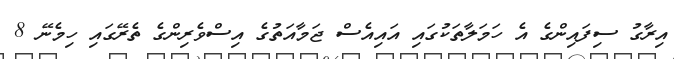
އިރާގު ސިފައިންގެ އެ ހަމަލާތަކުގައި އައިއެސް ޖަމާއަތުގެ އިސްވެރިންގެ ތެރޭގައި ހިމެނޭ 8